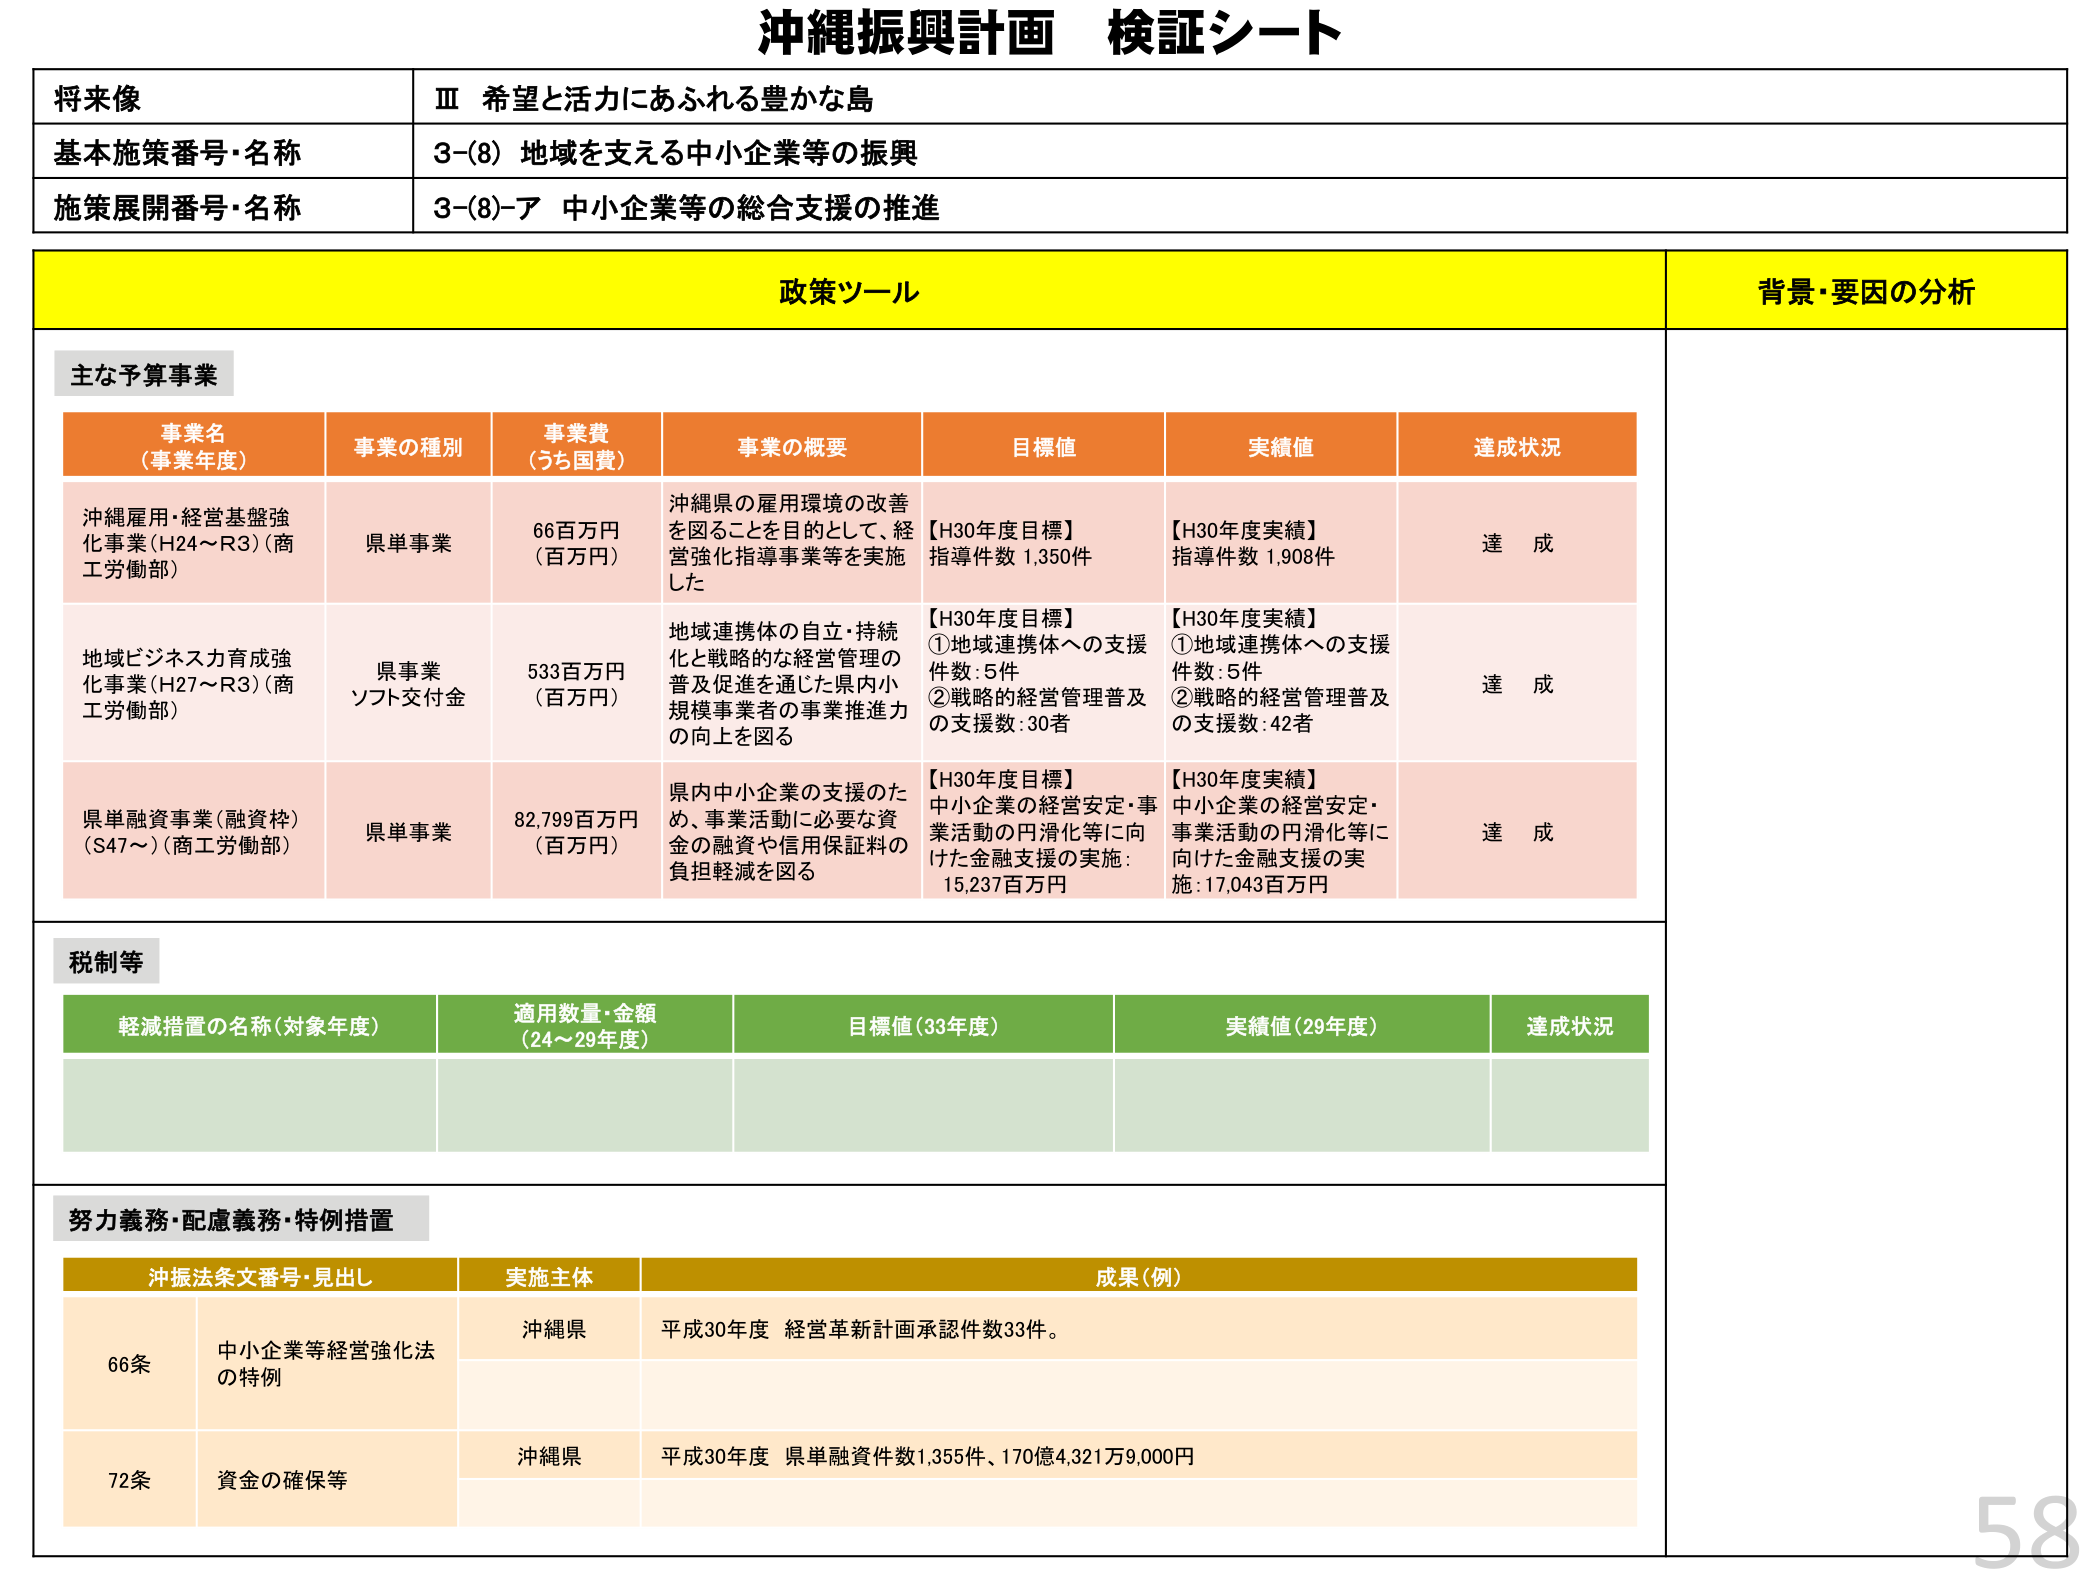
沖縄振興計画 検証シート

将来像
Ⅲ 希望と活力にあふれる豊かな島

基本施策番号・名称
3-(8) 地域を支える中小企業等の振興

施策展開番号・名称
3-(8)-ア 中小企業等の総合支援の推進

政策ツール
背景・要因の分析

主な予算事業

事業名（事業年度）
事業の種別
事業費（うち国費）
事業の概要
目標値
実績値
達成状況

沖縄雇用・経営基盤強化事業（H24～R3）（商工労働部）
県単事業
66百万円（百万円）
沖縄県の雇用環境の改善を図ることを目的として、経営強化指導事業等を実施した
【H30年度目標】指導件数 1,350件
【H30年度実績】指導件数 1,908件
達成

地域ビジネス力育成強化事業（H27～R3）（商工労働部）
県事業ソフト交付金
533百万円（百万円）
地域連携体の自立・持続化と戦略的な経営管理の普及促進を通じた県内小規模事業者の事業推進力の向上を図る
【H30年度目標】①地域連携体への支援件数：5件 ②戦略的経営管理普及の支援数：30者
【H30年度実績】①地域連携体への支援件数：5件 ②戦略的経営管理普及の支援数：42者
達成

県単融資事業（融資枠）（S47～）（商工労働部）
県単事業
82,799百万円（百万円）
県内中小企業の支援のため、事業活動に必要な資金の融資や信用保証料の負担軽減を図る
【H30年度目標】中小企業の経営安定・事業活動の円滑化等に向けた金融支援の実施：15,237百万円
【H30年度実績】中小企業の経営安定・事業活動の円滑化等に向けた金融支援の実施：17,043百万円
達成

税制等

軽減措置の名称（対象年度）
適用数量・金額（24～29年度）
目標値（33年度）
実績値（29年度）
達成状況

努力義務・配慮義務・特例措置

沖振法条文番号・見出し
実施主体
成果（例）

66条
中小企業等経営強化法の特例
沖縄県
平成30年度 経営革新計画承認件数33件。

72条
資金の確保等
沖縄県
平成30年度 県単融資件数1,355件、170億4,321万9,000円

58